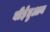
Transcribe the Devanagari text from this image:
यीहेतुआन